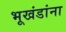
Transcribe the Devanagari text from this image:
भूखंडांना